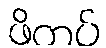
ဖိကပ်